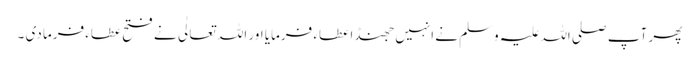
پھر آپ صلی اللہ علیہ وسلم نے انہیں جھنڈا عطاء فرمایا اور اللہ تعالٰی نے فتح عطاء فرما دی ۔